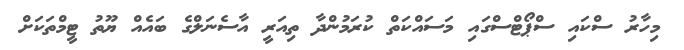
މިހާރު ސްކައި ސްޕޯޓްސްގައި މަސައްކަތް ކުރަމުންދާ ތިއަރީ އާސެނަލްގެ ބައެއް ޔޫތު ޓީމްތަކަށް